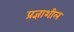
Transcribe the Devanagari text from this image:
प्रज्ञाशील